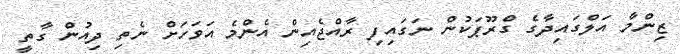
ޒިންމާ އަލްގައިދާގެ ގްރޫޕަކުން ނަގައިފި ރާއްޖެއިން އެންމެ އަވަހަށް ނެތި ދިއުން ގާތީ